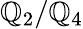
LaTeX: \mathbb{Q}_{2}/\mathbb{Q}_{4}